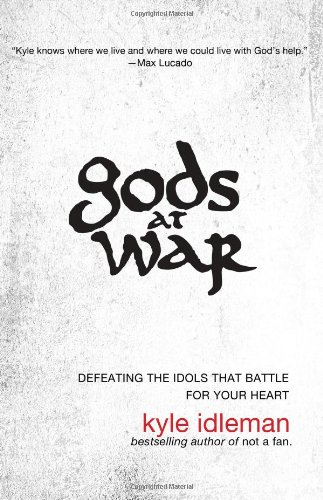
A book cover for Gods at War: Defeating the Idols that Battle for Your Heart; Kyle Idleman; Christian Books & Bibles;